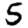
Digit: 5